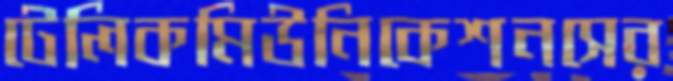
টেলিকমিউনিকেশনসের